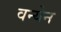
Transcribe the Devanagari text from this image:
वन्येन